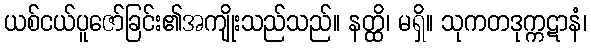
ယစ်ငယ်ပူဇော်ခြင်း၏အကျိုးသည်သည်။ နတ္ထိ၊ မရှိ။ သုကတဒုက္ကဋာနံ၊